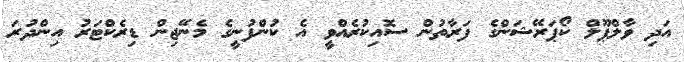
އަދި ވާލްޕޫލް ކޯޕަރޭޝަންގެ ފަރާތުން ސޮއިކުރެއްވީ އެ ކުންފުނީގެ މެނޭޖިން ޑިރެކްޓަރު އިންދުރަ